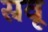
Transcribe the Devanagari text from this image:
स्रवू